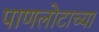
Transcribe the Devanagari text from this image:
पाणलोटाच्या